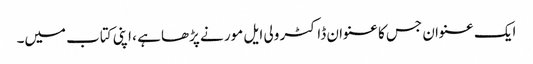
ایک عنوان جس کا عنوان ڈاکٹر ولی ایل مور نے پڑھا ہے ، اپنی کتاب میں۔